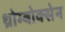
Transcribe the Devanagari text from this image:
थ्रोम्बोक्सेन